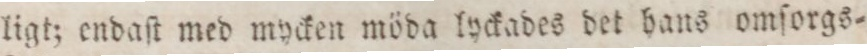
ligt; endaſt med mycken möda lyckades det hans omſorgs=